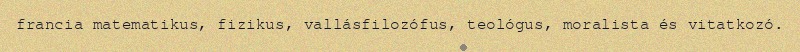
francia matematikus, fizikus, vallásfilozófus, teológus, moralista és vitatkozó.